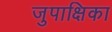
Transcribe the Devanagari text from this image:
जुपाक्षिका